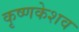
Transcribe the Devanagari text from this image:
कृष्णकेशव